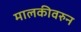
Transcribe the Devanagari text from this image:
मालकीवरुन